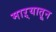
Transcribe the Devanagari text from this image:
माऱ्यातून